Civil Veterinary Dept. Bombay admin report 1932-41 - 1932-1941
Year: 1932
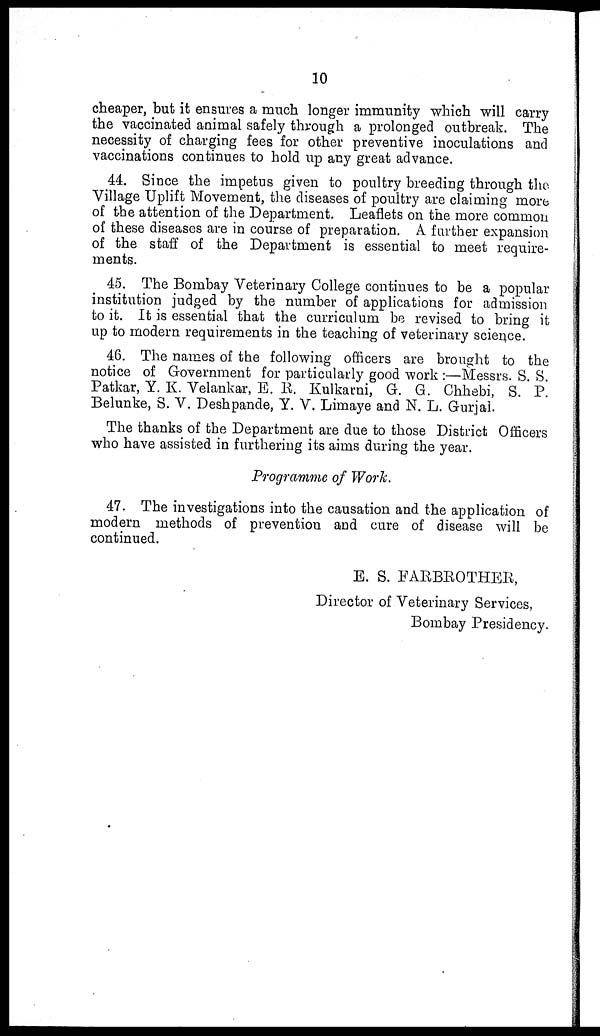
10
cheaper, but it ensures a much longer immunity which will carry
the vaccinated animal safely through a prolonged outbreak. The
necessity of charging fees for other preventive inoculations and
vaccinations continues to hold up any great advance.
44. Since the impetus given to poultry breeding through the
Village Uplift Movement, the diseases of poultry are claiming more
of the attention of the Department. Leaflets on the more common
of these diseases are in course of preparation. A further expansion
of the staff of the Department is essential to meet require-
ments.
45. The Bombay Veterinary College continues to be a popular
institution judged by the number of applications for admission
to it. It is essential that the curriculum be revised to bring it
up to modern requirements in the teaching of veterinary science.
46. The names of the following officers are brought to the
notice of Government for particularly good work :—Messrs. S. S.
Patkar, Y. K. Velankar, E. R. Kulkarni, G. G. Chhebi, S. P.
Belunke, S. V. Deshpande, Y. V. Limaye and N. L. Gurjal.
The thanks of the Department are due to those District Officers
who have assisted in furthering its aims during the year.
Programme of Work.
47. The investigations into the causation and the application of
modern methods of prevention and cure of disease will be
continued.
E. S. FARBROTHER,
Director of Veterinary Services,
Bombay Presidency.